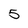
Character: 5